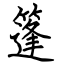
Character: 篷